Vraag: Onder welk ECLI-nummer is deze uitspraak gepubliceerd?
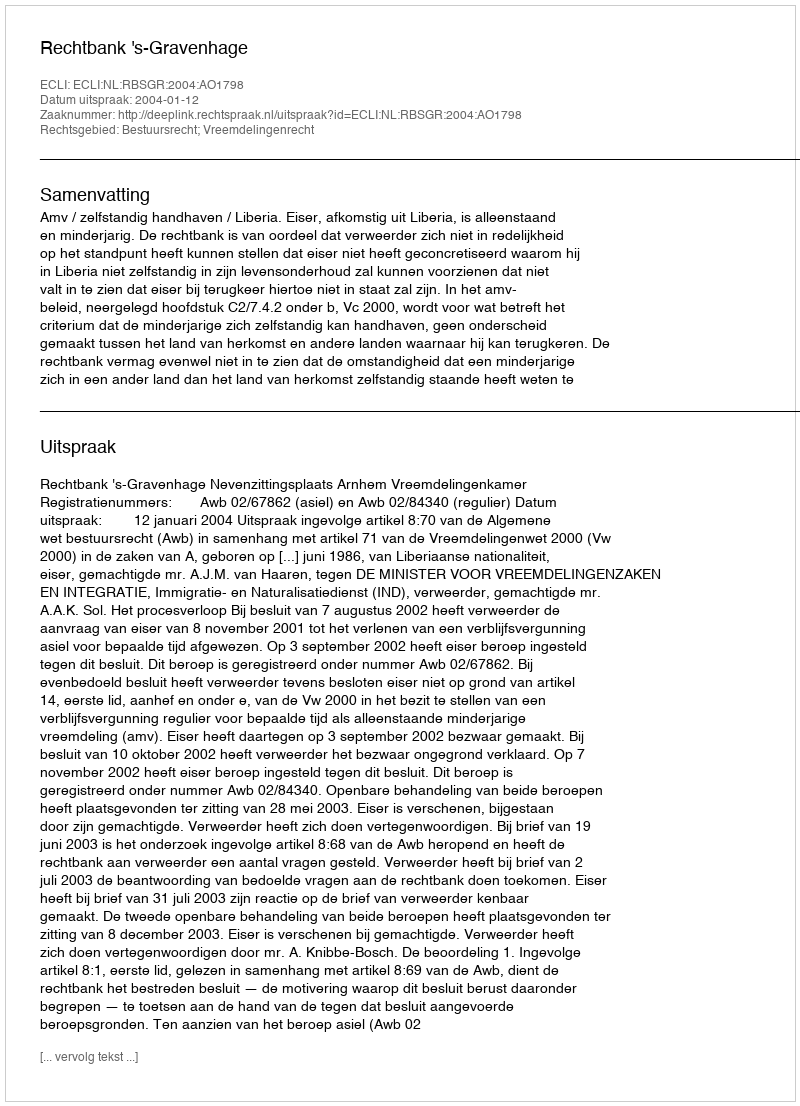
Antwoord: ECLI:NL:RBSGR:2004:AO1798